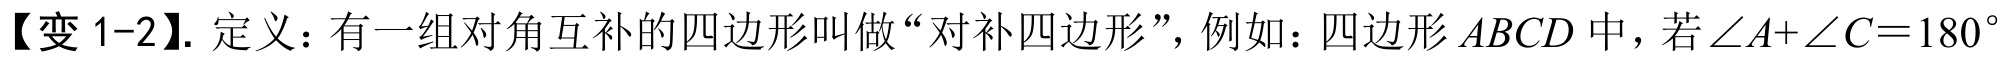
【变 1-2】. 定义：有一组对角互补的四边形叫做“对补四边形”，例如：四边形 \(ABCD\) 中，若\(\angle A+\angle C = 180^{\circ}\)